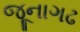
જૂનાગઢ